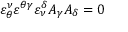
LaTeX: \varepsilon _ { \theta } ^ { \nu } \varepsilon ^ { \theta \gamma } \varepsilon _ { \nu } ^ { \delta } A _ { \gamma } A _ { \delta } = 0